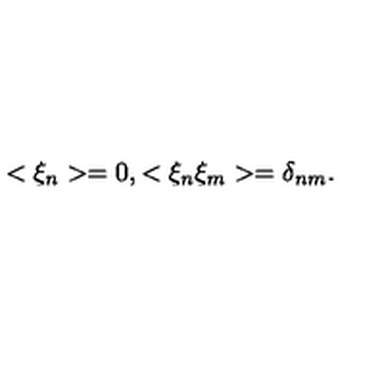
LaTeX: < \xi _ { n } > = 0 , < \xi _ { n } \xi _ { m } > = \delta _ { n m } .